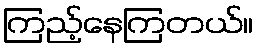
ကြည့်နေကြတယ်။